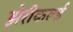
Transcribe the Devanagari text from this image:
झेरीकर्ल्ड